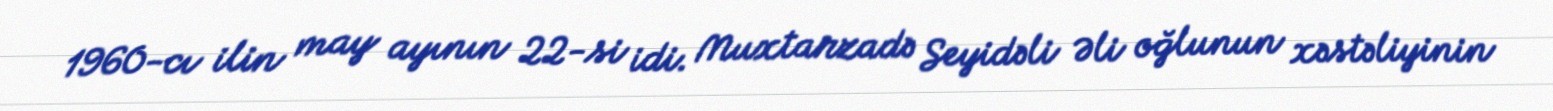
1960-cı ilin may ayının 22-si idi. Muxtarzadə Seyidəli Əli oğlunun xəstəliyinin